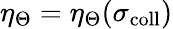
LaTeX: \eta_{\Theta}=\eta_{\Theta}(\sigma_{\mathrm{coll}})